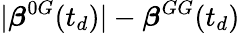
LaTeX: |\boldsymbol{\beta}^{0G}(t_{d})|-\boldsymbol{\beta}^{GG}(t_{d})